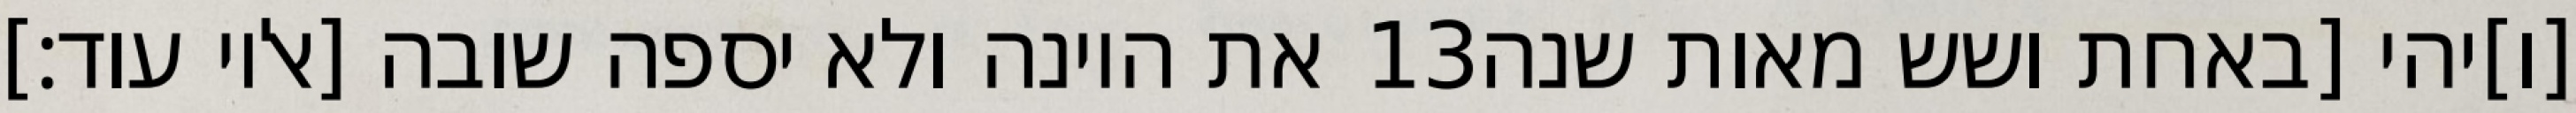
את היונה ולא יספה שובה [אליו עוד׃] ‎13‏ [ו]יהי [באחת ושש מאות שנה